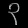
Digit: ၃